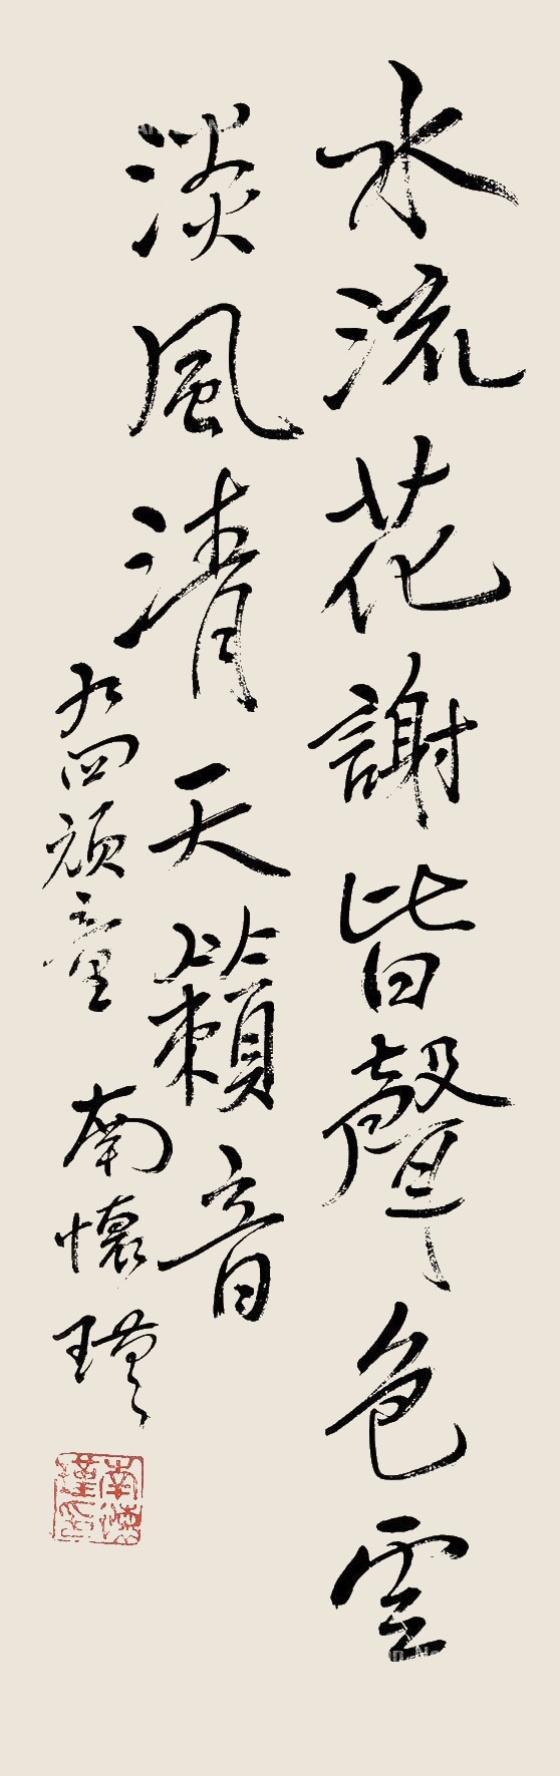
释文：水流花谢皆声色，云淡风清天籁音。九四顽童南怀瑾。